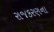
રાજકરણના